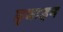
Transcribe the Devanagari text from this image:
ड्वाइन